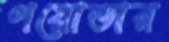
পয়োভার